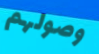
وصولهم